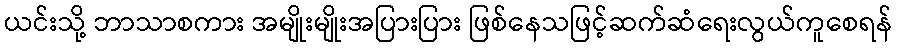
ယင်းသို့ ဘာသာစကား အမျိုးမျိုးအပြားပြား ဖြစ်နေသဖြင့်ဆက်ဆံရေးလွယ်ကူစေရန်